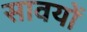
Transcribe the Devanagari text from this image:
सावयों